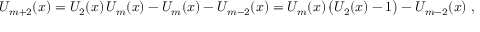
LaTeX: U _ { m + 2 } ( x ) = U _ { 2 } ( x ) \, U _ { m } ( x ) - U _ { m } ( x ) - U _ { m - 2 } ( x ) = U _ { m } ( x ) \, { \big ( } U _ { 2 } ( x ) - 1 { \big ) } - U _ { m - 2 } ( x ) ~ ,